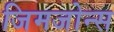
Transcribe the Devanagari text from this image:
जिमजोन्स